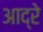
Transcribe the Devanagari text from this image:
आद्रे